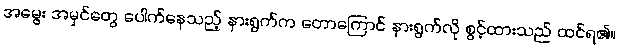
အမွေး အမှင်တွေ ပေါက်နေသည့် နားရွက်က တောကြောင် နားရွက်လို စွင့်ထားသည် ထင်ရ၏။